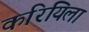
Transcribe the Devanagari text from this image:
करियिला